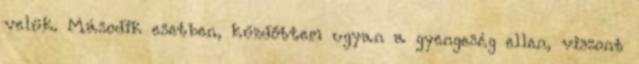
velük. Második esetben, kűzdőttem ugyan a gyengeség ellen, viszont